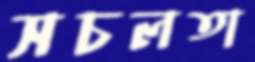
সচলতা